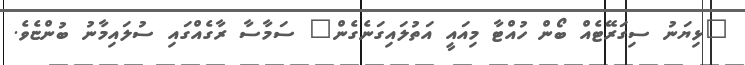
"ޅިޔަނު ސިގަރޭޓެއް ބޯން ހުއްޓާ މިއައީ އަތުލައިގަނެގެން" ސަމާސާ ރާގެއްގައި ސުލައިމާނު ބުންޏެވެ.